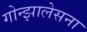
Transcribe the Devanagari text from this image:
गोन्झालेसना